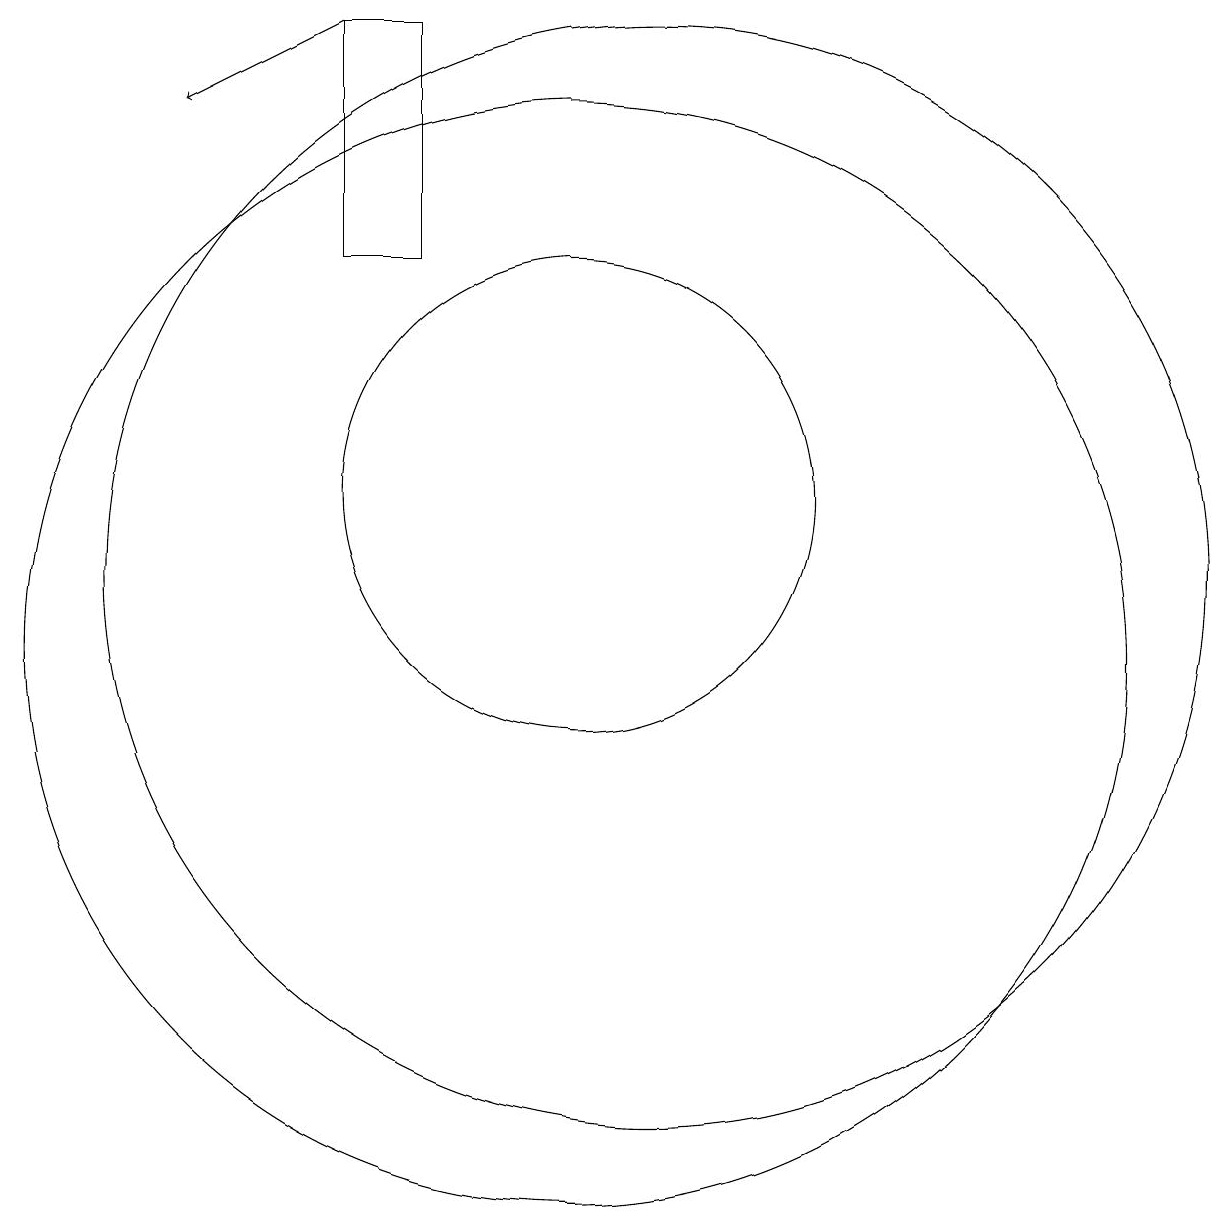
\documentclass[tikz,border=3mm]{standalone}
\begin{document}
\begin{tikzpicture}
\draw (10,10) circle (7);
\draw[->] (7,18) -- (5,17);
\draw (10,12) circle (3);
\draw (11,11) circle (7);
\draw (7,18) rectangle (8,15);
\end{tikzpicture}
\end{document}